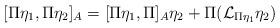
LaTeX: \begin{align*}[\Pi\eta_1,\Pi\eta_2]_{A}= [\Pi\eta_1,\Pi]_{A}\eta_2+ \Pi(\mathcal{L}_{\Pi\eta_1}\eta_2)\end{align*}